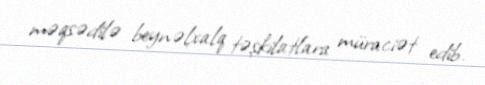
məqsədilə beynəlxalq təşkilatlara müraciət edib.